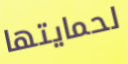
لحمايتها